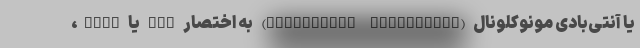
یا آنتی‌بادی مونوکلونال (Monoclonal antibodies) به اختصار mAb یا moAb،